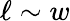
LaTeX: \ell\sim w